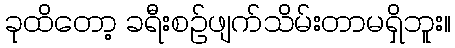
ခုထိတော့ ခရီးစဉ်ဖျက်သိမ်းတာမရှိဘူး။